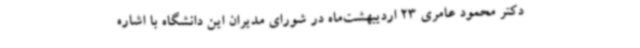
دکتر محمود عامری 23 اردیبهشت‌ماه در شورای مدیران این دانشگاه با اشاره